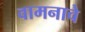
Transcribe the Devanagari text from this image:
वामनाचे